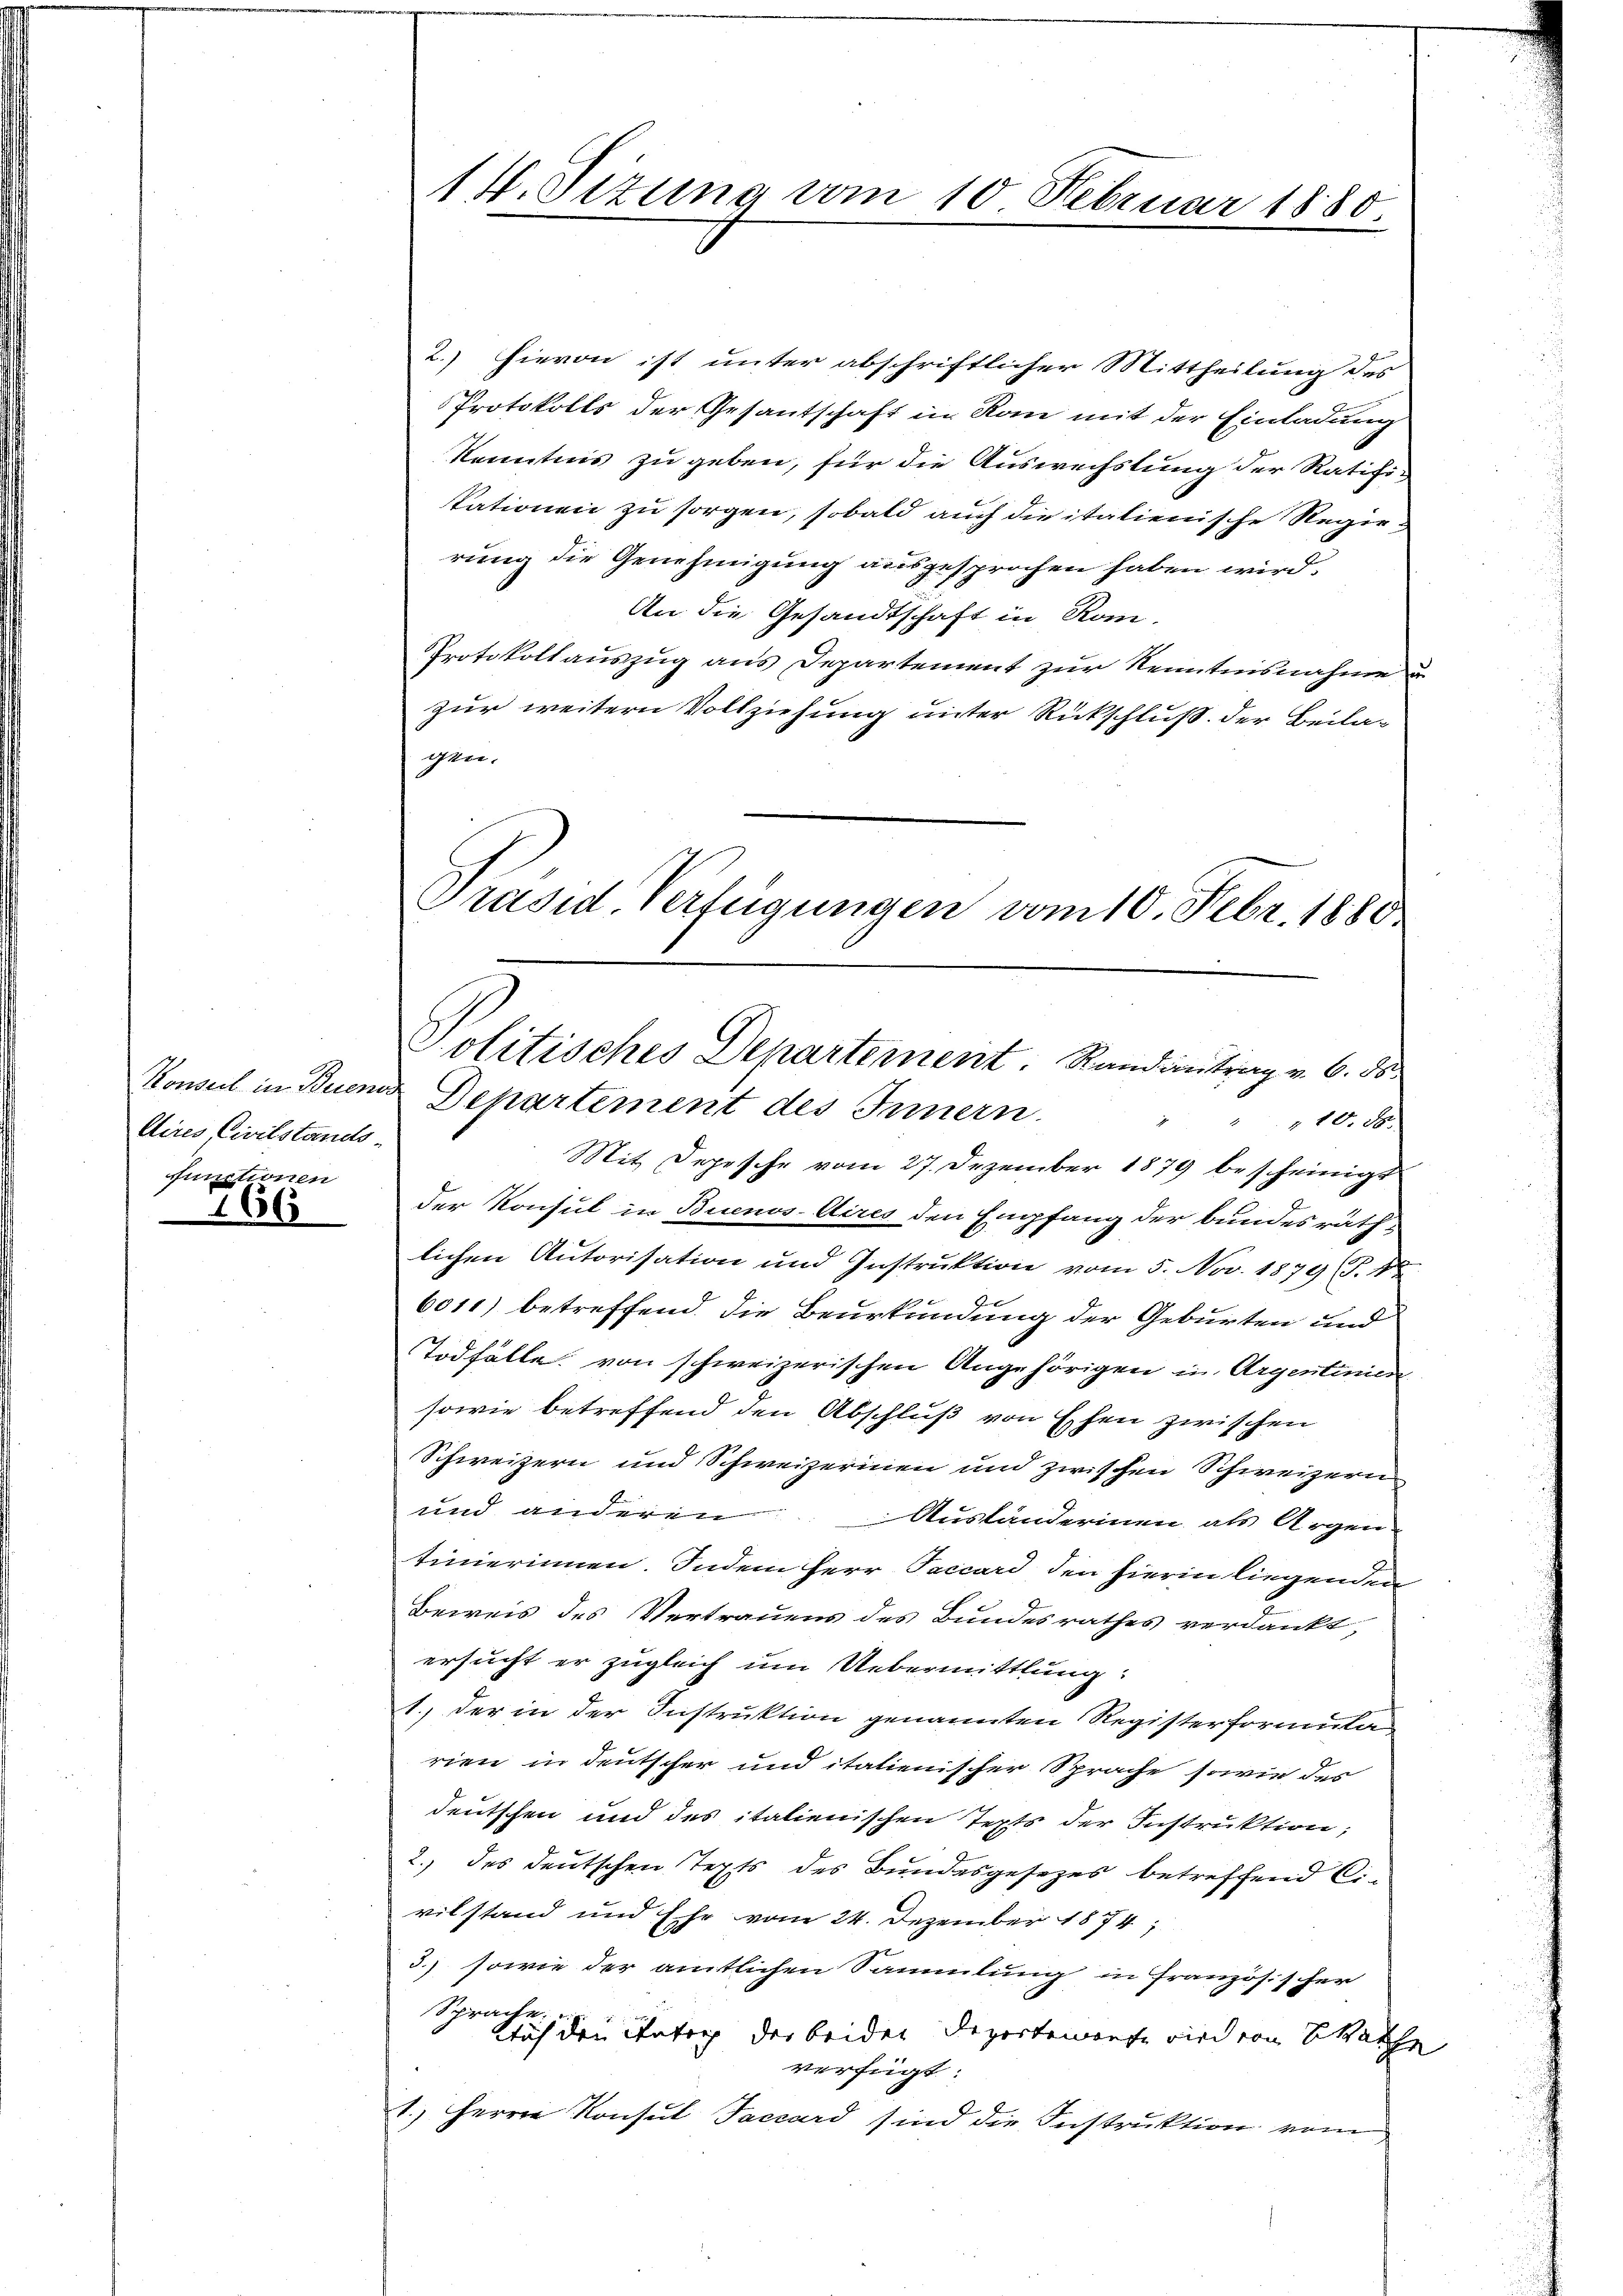
Aires Civilstands-
functionen

166

14. Tizung vom 10 Februar 1880.

2.) Hievon ist unter abschriftlicher Mittheilung des
Protokolls der Gesantschaft in Kan mit der Einladung
Kenntnis zu geben, für die Auswechslung der Ratifikationen zu sorgen, sobald auch die italienische Regierung die Genehmigung ausgesprochen haben wird.
An die Gesandtschaft in Kom-
Protokollauszug aus Departement zur Kenntnisnahme u
zur weitern Vollziehung unter Rückschluß der Beilagen.

Präsid. Verfügungen vom 10. Febr. 1880
Politisches Departement. Randantrag v. 6. ds.
Konsul in Buem Departement des Innern

Mit Depesche vom 27. Dezember 1879 bescheinigt
der Konsul in Buenos-Aires den Empfang der bundesräth-
lichen Autorisation und Instruktion vom 5. Nov. 1879 (S. 42
6011) betreffend die Beurkundung der Geburten und
Todfälle von schweizerischen Angehörigen in Argentinien
sowie betreffend den Abschluß von Eschen zwischen
Schweizern und Schweizerinen und zwischen Schweizern
und anderen Ausländerinen als Argen-
timierinnen. Indem Herr Paccard den hierin liegenden
Beweis des Vertrauens des Bundesrathes verdankt,
ersucht er zugleich um Uebermittlung:
1.) der in der Instruktion genannten Registerformula
rien in deutscher und italienischer Sprache sowie des
deutschen und des italienischen Tepts der Instruktion;
2. des deutschen Tepts des Bundesgesezes betreffend Ci-
vilstand und Ehe vom 24. Dezember 1874;
3.) sowie der amtlichen Sammlung in Französischer
Sprache.
klich den Stator der beiden Departemente wird von Statte
verfügt
1.) Herrn Konsul Tacuard sind die Instruktion vom

z 10. der